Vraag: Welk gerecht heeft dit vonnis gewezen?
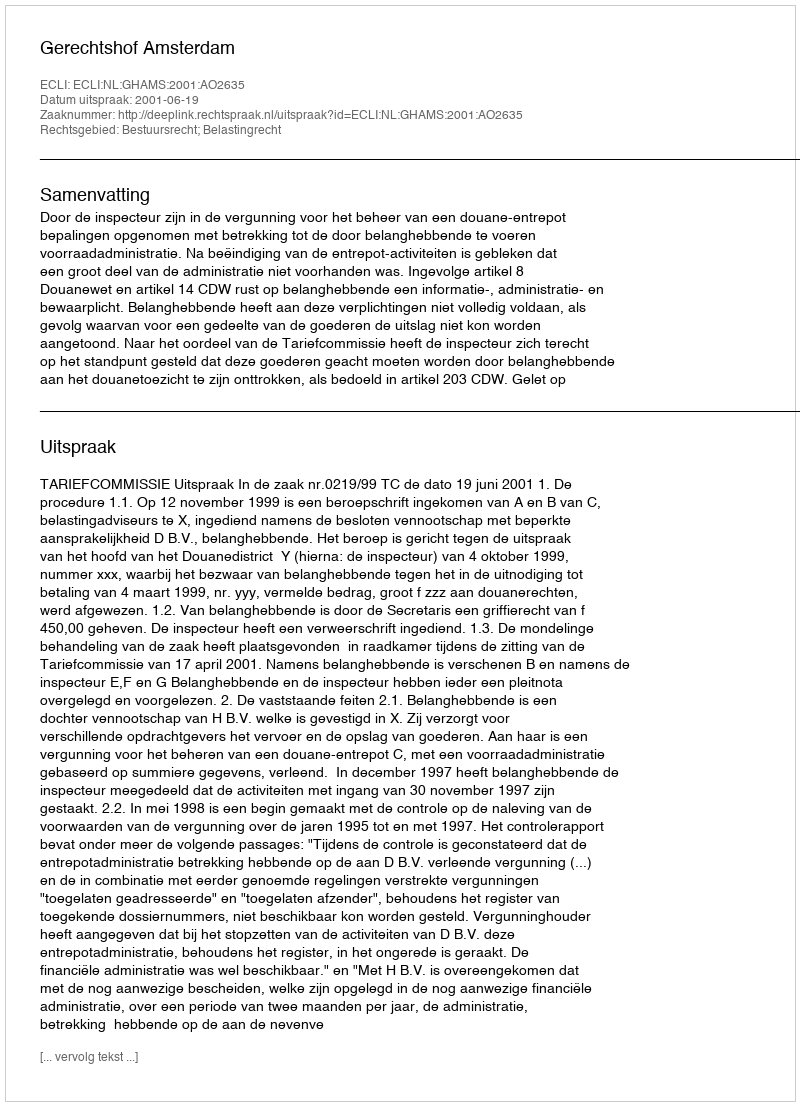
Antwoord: Gerechtshof Amsterdam